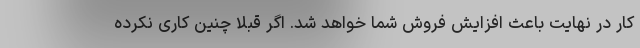
کار در نهایت باعث افزایش فروش شما خواهد شد. اگر قبلاً چنین کاری نکرده